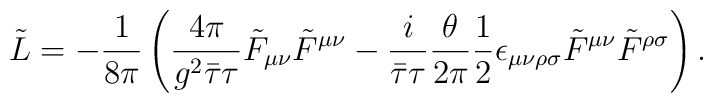
\tilde{L}=-\frac{1}{8\pi }\left( \frac{4\pi }{g^{2}\bar{\tau}\tau }\tilde{F}_{\mu \nu }\tilde{F}^{\mu \nu }-\frac{i}{\bar{\tau}\tau }\frac{\theta }{2\pi}\frac{1}{2}\epsilon _{\mu \nu \rho \sigma }\tilde{F}^{\mu \nu }\tilde{F}^{\rho \sigma }\right).